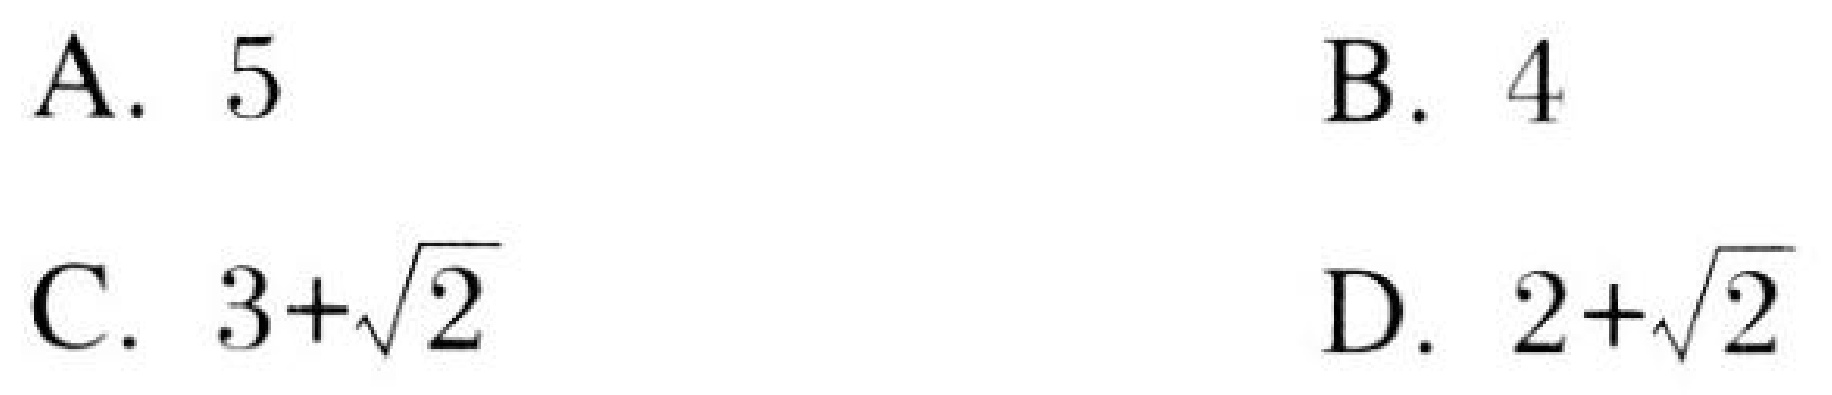
A. \(5\)
B. \(4\)
C. \(3 + \sqrt{2}\)
D. \(2+\sqrt{2}\)